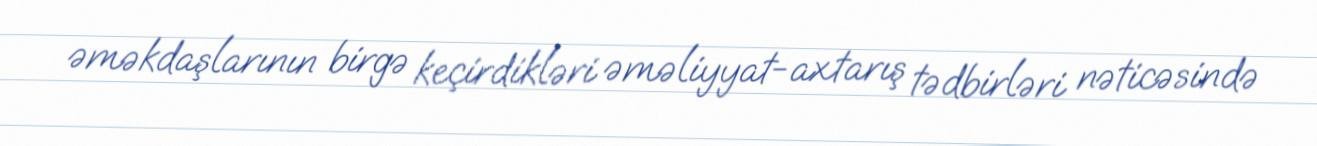
əməkdaşlarının birgə keçirdikləri əməliyyat-axtarış tədbirləri nəticəsində